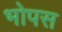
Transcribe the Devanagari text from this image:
भोपस